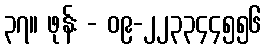
၃၇။ ဖုန်း - ၀၉-၂၂၃၃၄၄၅၅၆